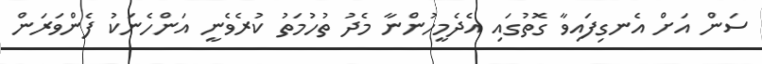
ސަން އަށް އެނގިފައިވާ ގޮތުގައި އެދެމީހުންނާ މެދު ތުހުމަތު ކުރެވެނީ އަންހެނަކު ފެންވަރަން